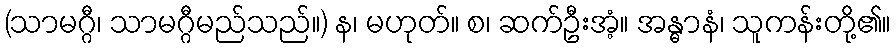
(သာမဂ္ဂီ၊ သာမဂ္ဂီမည်သည်။) န၊ မဟုတ်။ စ၊ ဆက်ဦးအံ့။ အန္ဓာနံ၊ သူကန်းတို့၏။